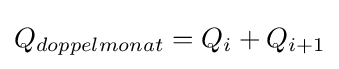
Q_{doppelmonat}=Q_{i}+Q_{i+1}